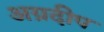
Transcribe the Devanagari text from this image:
अग्रदीप